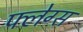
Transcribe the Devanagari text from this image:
फ्लेग्स